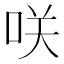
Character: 咲